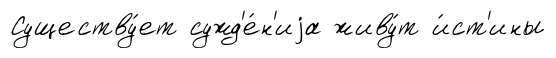
Существу́ет сужд'е́н'иjа живу́т и́ст'ины